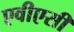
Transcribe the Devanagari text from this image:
एवीएसी